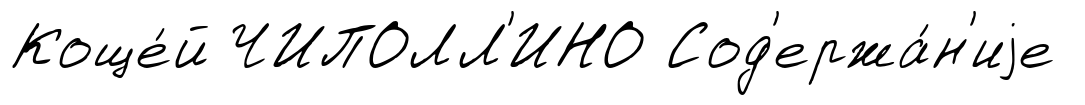
Коще́й ЧИПОЛЛ'ИНО Сод'ержа́н'иjе